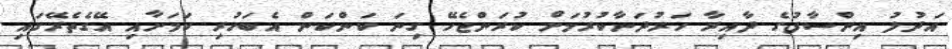
އަދުލު އިންސާފުގެ ދާއިރާ ހަރުދަނާކުރުމަށް ކުރަންޖެހޭ ގިނަ ކަންކަން އެބަހުރި ކަމަށާއި އޭގެތެރޭގައި